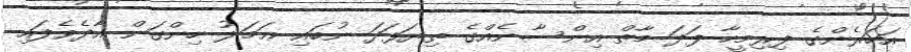
އަހަރެންގެ ފިރިމީހާ ފަދަ މާތް އިންސާނެއްގެ ތިޔަފަދަ ނުބައި ޢަމަލު ހިންގަން އާދެވެފައި